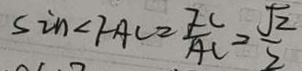
\sin < F A C = \frac { F C } { A C } = \frac { \sqrt { 2 } } { 2 }